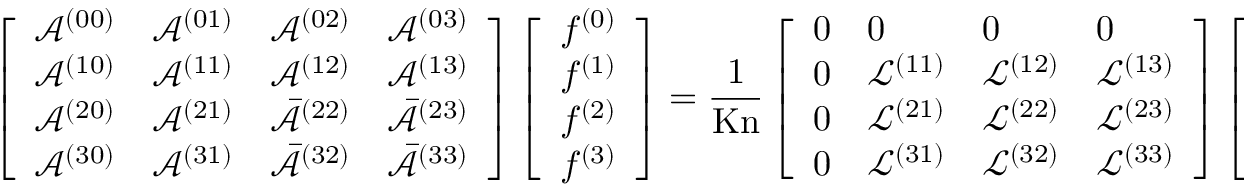
\left[ \begin{array} { l l l l } { \mathcal { A } ^ { ( 0 0 ) } } & { \mathcal { A } ^ { ( 0 1 ) } } & { \mathcal { A } ^ { ( 0 2 ) } } & { \mathcal { A } ^ { ( 0 3 ) } } \\ { \mathcal { A } ^ { ( 1 0 ) } } & { \mathcal { A } ^ { ( 1 1 ) } } & { \mathcal { A } ^ { ( 1 2 ) } } & { \mathcal { A } ^ { ( 1 3 ) } } \\ { \mathcal { A } ^ { ( 2 0 ) } } & { \mathcal { A } ^ { ( 2 1 ) } } & { \bar { \mathcal { A } } ^ { ( 2 2 ) } } & { \bar { \mathcal { A } } ^ { ( 2 3 ) } } \\ { \mathcal { A } ^ { ( 3 0 ) } } & { \mathcal { A } ^ { ( 3 1 ) } } & { \bar { \mathcal { A } } ^ { ( 3 2 ) } } & { \bar { \mathcal { A } } ^ { ( 3 3 ) } } \end{array} \right] \left[ \begin{array} { l } { f ^ { ( 0 ) } } \\ { f ^ { ( 1 ) } } \\ { f ^ { ( 2 ) } } \\ { f ^ { ( 3 ) } } \end{array} \right] = \frac { 1 } { \mathrm { K n } } \left[ \begin{array} { l l l l } { 0 } & { 0 } & { 0 } & { 0 } \\ { 0 } & { \mathcal { L } ^ { ( 1 1 ) } } & { \mathcal { L } ^ { ( 1 2 ) } } & { \mathcal { L } ^ { ( 1 3 ) } } \\ { 0 } & { \mathcal { L } ^ { ( 2 1 ) } } & { \mathcal { L } ^ { ( 2 2 ) } } & { \mathcal { L } ^ { ( 2 3 ) } } \\ { 0 } & { \mathcal { L } ^ { ( 3 1 ) } } & { \mathcal { L } ^ { ( 3 2 ) } } & { \mathcal { L } ^ { ( 3 3 ) } } \end{array} \right] \left[ \begin{array} { l } { f ^ { ( 0 ) } } \\ { f ^ { ( 1 ) } } \\ { f ^ { ( 2 ) } } \\ { f ^ { ( 3 ) } } \end{array} \right] ,